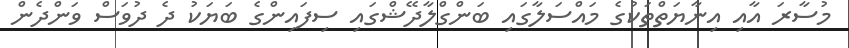
މުސާރަ އާއި އިނާޔަތްތަކުގެ މައްސަލާގައި ބަންގްލާދޭޝްގައި ސިފައިންގެ ބަޔަކު ދެ ދުވަސް ވަންދެން